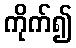
ကိုက်၍